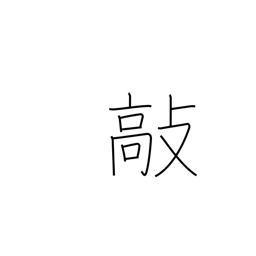
Meaning: beat